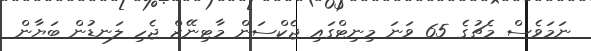
ނަމަވެސް މެޗުގެ 65 ވަނަ މިނިޓްގައި ޖެކްސަން މާޓިނޭޒް ޖެހި ލަނޑުން ބަޔާން